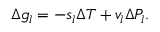
\Delta g _ { l } = - s _ { l } \Delta T + v _ { l } \Delta P _ { l } .